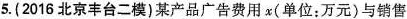
5.(2016北京丰台二模)某产品广告费用x(单位：万元)与销售